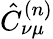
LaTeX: \hat{C}_{\nu\mu}^{(n)}